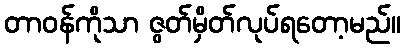
တာဝန်ကိုသာ ဇွတ်မှိတ်လုပ်ရတော့မည်။